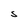
Character: S